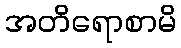
အတိရောစာမိ